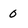
Character: 0